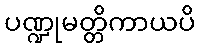
ပဏ္ဍုမတ္တိကာယပိ